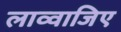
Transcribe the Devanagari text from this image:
लाव्वाजिए